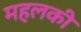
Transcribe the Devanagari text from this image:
महलकी